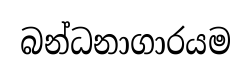
බන්ධනාගාරයම